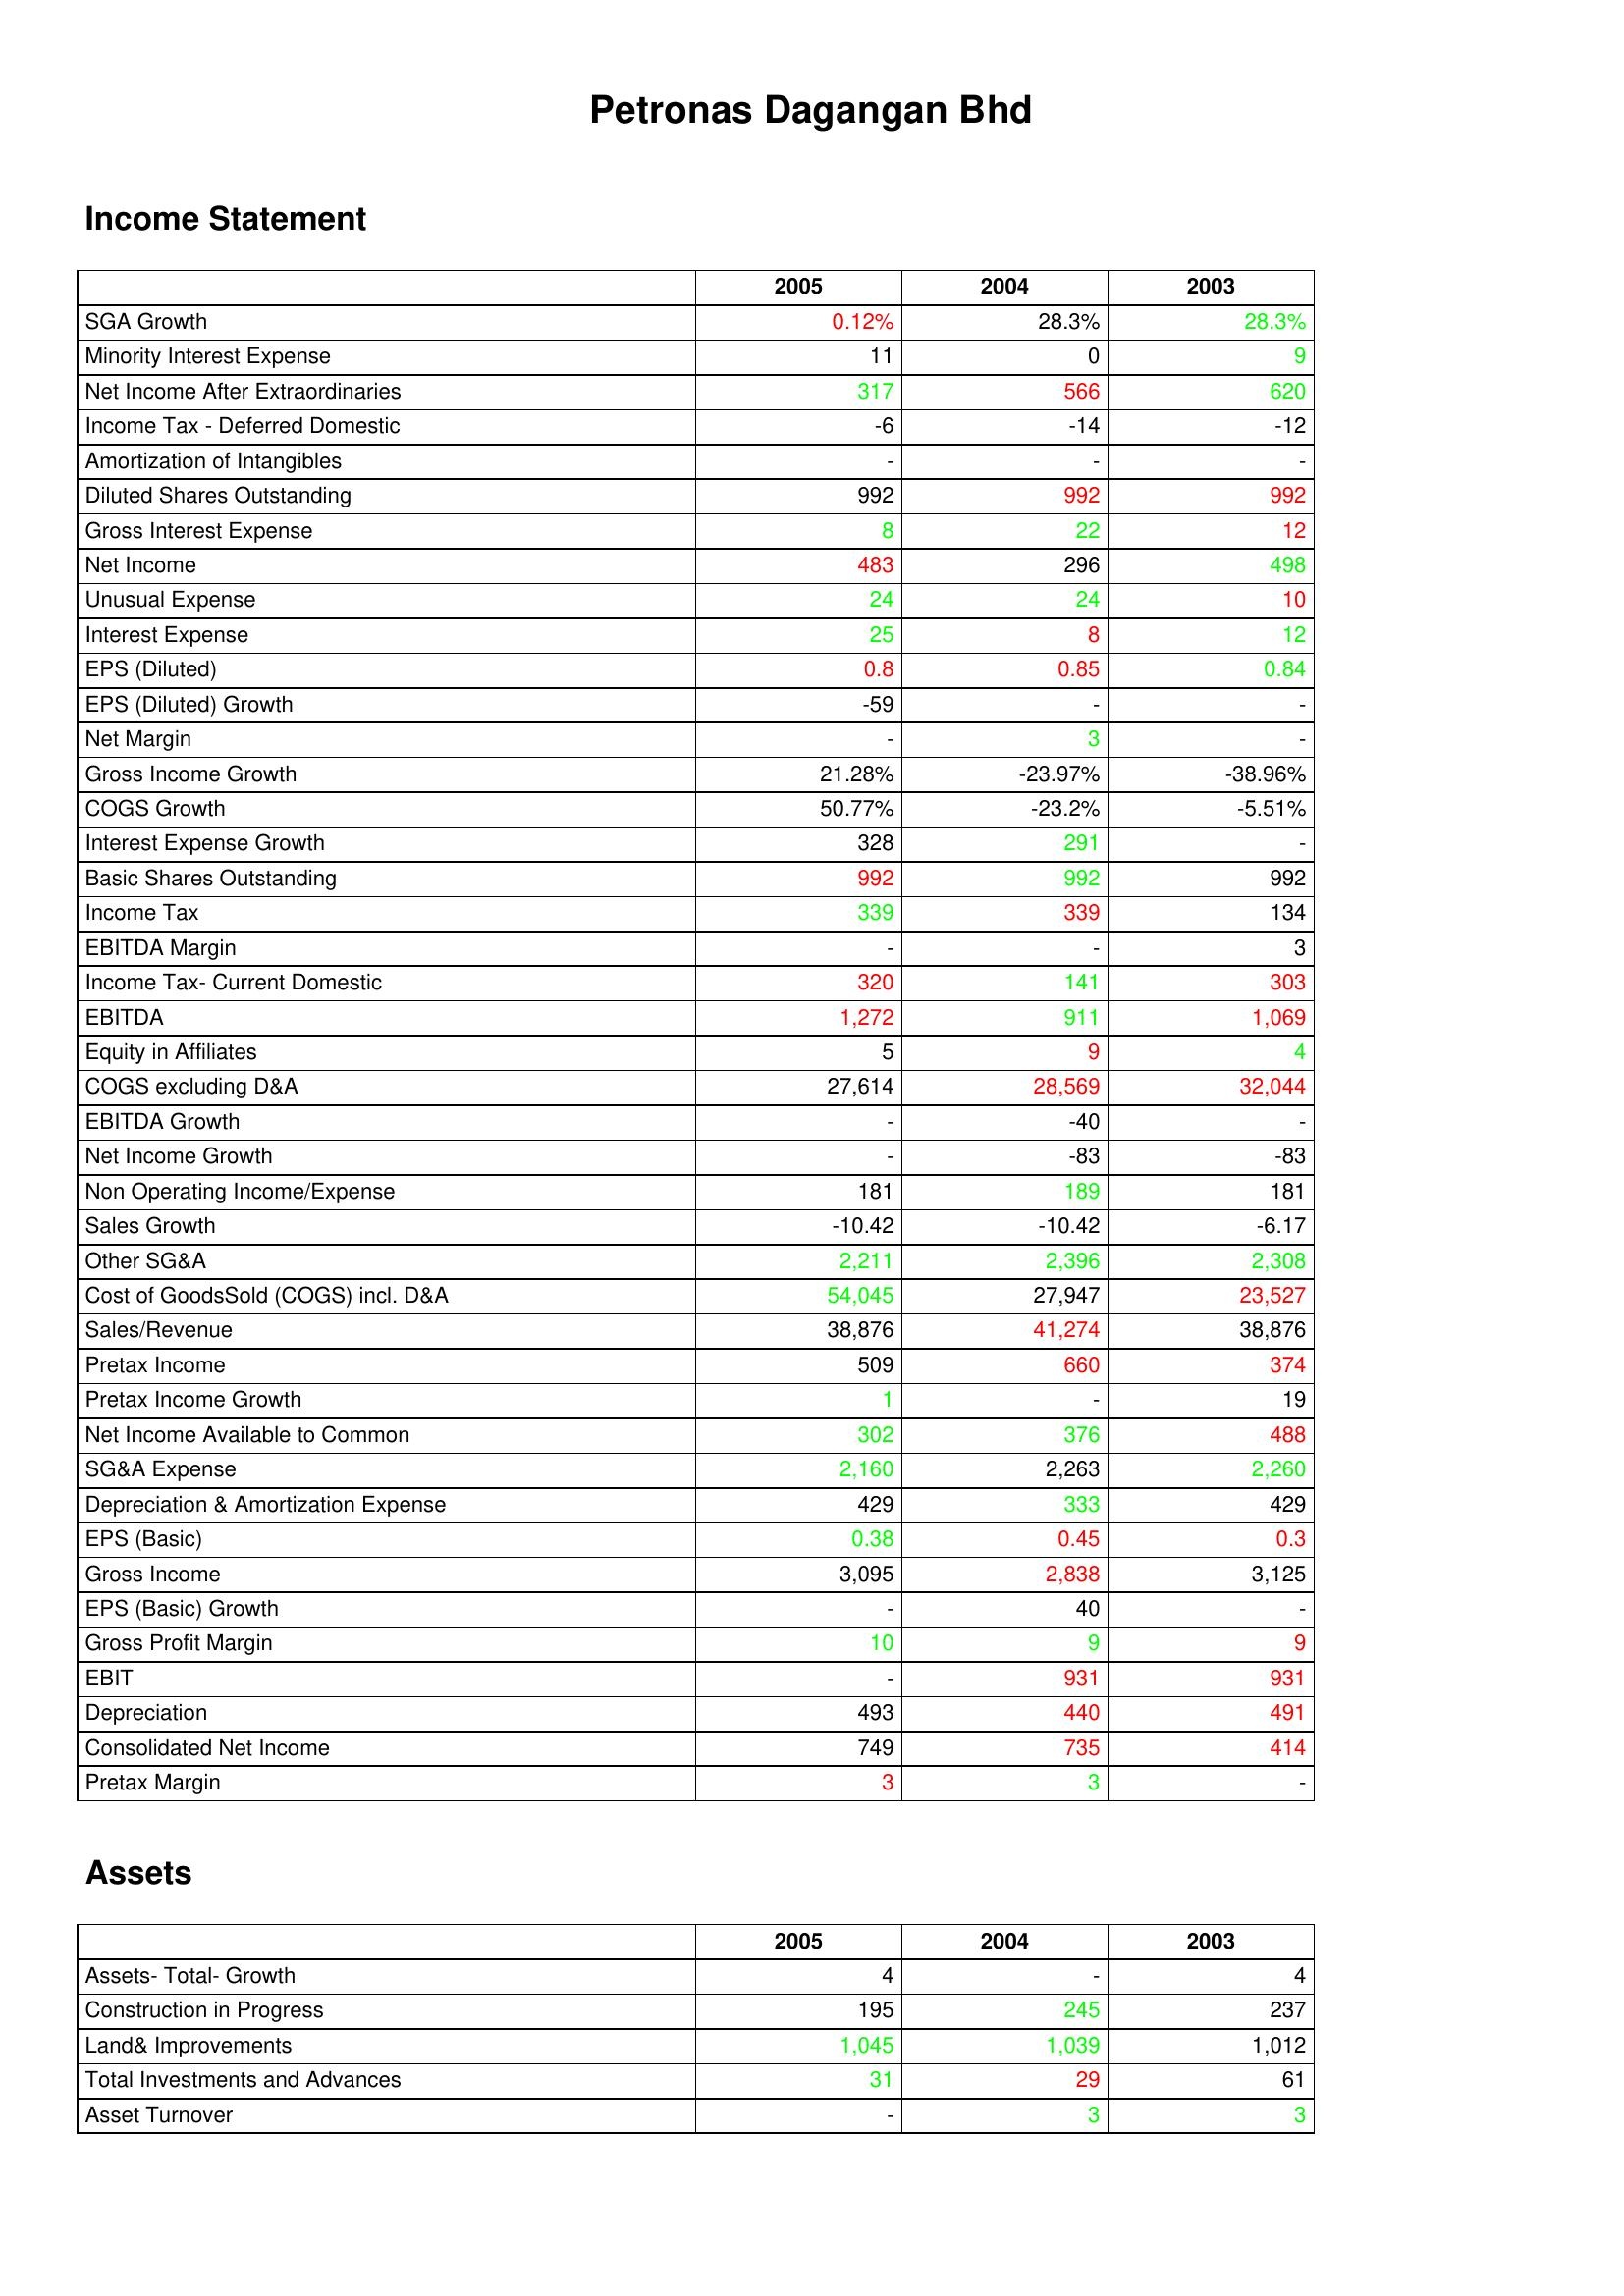
gt_parse: 2005: Income Statement: SGA Growth: 0.12%
Minority Interest Expense: 11
Net Income After Extraordinaries: 317
Income Tax - Deferred Domestic: -6
Amortization of Intangibles: -
Diluted Shares Outstanding: 992
Gross Interest Expense: 8
Net Income: 483
Unusual Expense: 24
Interest Expense: 25
EPS (Diluted): 0.8
EPS (Diluted) Growth: -59
Net Margin: -
Gross Income Growth: 21.28%
COGS Growth: 50.77%
Interest Expense Growth: 328
Basic Shares Outstanding: 992
Income Tax: 339
EBITDA Margin: -
Income Tax- Current Domestic: 320
EBITDA: 1,272
Equity in Affiliates: 5
COGS excluding D&A: 27,614
EBITDA Growth: -
Net Income Growth: -
Non Operating Income/Expense: 181
Sales Growth: -10.42
Other SG&A: 2,211
Cost of GoodsSold (COGS) incl. D&A: 54,045
Sales/Revenue: 38,876
Pretax Income: 509
Pretax Income Growth: 1
Net Income Available to Common: 302
SG&A Expense: 2,160
Depreciation & Amortization Expense: 429
EPS (Basic): 0.38
Gross Income: 3,095
EPS (Basic) Growth: -
Gross Profit Margin: 10
EBIT: -
Depreciation: 493
Consolidated Net Income: 749
Pretax Margin: 3
Assets: Assets- Total- Growth: 4
Construction in Progress: 195
Land& Improvements: 1,045
Total Investments and Advances: 31
Asset Turnover: -
2004: Income Statement: SGA Growth: 28.3%
Minority Interest Expense: 0
Net Income After Extraordinaries: 566
Income Tax - Deferred Domestic: -14
Amortization of Intangibles: -
Diluted Shares Outstanding: 992
Gross Interest Expense: 22
Net Income: 296
Unusual Expense: 24
Interest Expense: 8
EPS (Diluted): 0.85
EPS (Diluted) Growth: -
Net Margin: 3
Gross Income Growth: -23.97%
COGS Growth: -23.2%
Interest Expense Growth: 291
Basic Shares Outstanding: 992
Income Tax: 339
EBITDA Margin: -
Income Tax- Current Domestic: 141
EBITDA: 911
Equity in Affiliates: 9
COGS excluding D&A: 28,569
EBITDA Growth: -40
Net Income Growth: -83
Non Operating Income/Expense: 189
Sales Growth: -10.42
Other SG&A: 2,396
Cost of GoodsSold (COGS) incl. D&A: 27,947
Sales/Revenue: 41,274
Pretax Income: 660
Pretax Income Growth: -
Net Income Available to Common: 376
SG&A Expense: 2,263
Depreciation & Amortization Expense: 333
EPS (Basic): 0.45
Gross Income: 2,838
EPS (Basic) Growth: 40
Gross Profit Margin: 9
EBIT: 931
Depreciation: 440
Consolidated Net Income: 735
Pretax Margin: 3
Assets: Assets- Total- Growth: -
Construction in Progress: 245
Land& Improvements: 1,039
Total Investments and Advances: 29
Asset Turnover: 3
2003: Income Statement: SGA Growth: 28.3%
Minority Interest Expense: 9
Net Income After Extraordinaries: 620
Income Tax - Deferred Domestic: -12
Amortization of Intangibles: -
Diluted Shares Outstanding: 992
Gross Interest Expense: 12
Net Income: 498
Unusual Expense: 10
Interest Expense: 12
EPS (Diluted): 0.84
EPS (Diluted) Growth: -
Net Margin: -
Gross Income Growth: -38.96%
COGS Growth: -5.51%
Interest Expense Growth: -
Basic Shares Outstanding: 992
Income Tax: 134
EBITDA Margin: 3
Income Tax- Current Domestic: 303
EBITDA: 1,069
Equity in Affiliates: 4
COGS excluding D&A: 32,044
EBITDA Growth: -
Net Income Growth: -83
Non Operating Income/Expense: 181
Sales Growth: -6.17
Other SG&A: 2,308
Cost of GoodsSold (COGS) incl. D&A: 23,527
Sales/Revenue: 38,876
Pretax Income: 374
Pretax Income Growth: 19
Net Income Available to Common: 488
SG&A Expense: 2,260
Depreciation & Amortization Expense: 429
EPS (Basic): 0.3
Gross Income: 3,125
EPS (Basic) Growth: -
Gross Profit Margin: 9
EBIT: 931
Depreciation: 491
Consolidated Net Income: 414
Pretax Margin: -
Assets: Assets- Total- Growth: 4
Construction in Progress: 237
Land& Improvements: 1,012
Total Investments and Advances: 61
Asset Turnover: 3